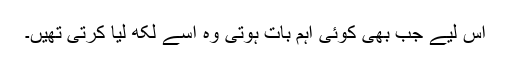
اس لیے جب بھی کوئی اہم بات ہوتی وہ اسے لکھ لیا کرتی تھیں۔